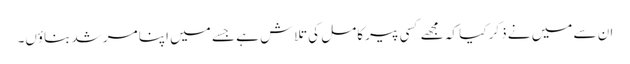
ان سے میں نے ذکر کیا کہ مجھے کسی پیر کامل کی تلاش ہے جسے میں اپنا مرشد بناؤں۔